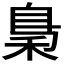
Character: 𱶉